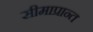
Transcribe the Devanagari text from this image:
सीमाप्रान्त